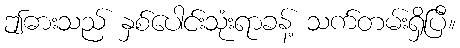
ဤဓားသည် နှစ်ပေါင်းသုံးရာခန့် သက်တမ်းရှိပြီ။